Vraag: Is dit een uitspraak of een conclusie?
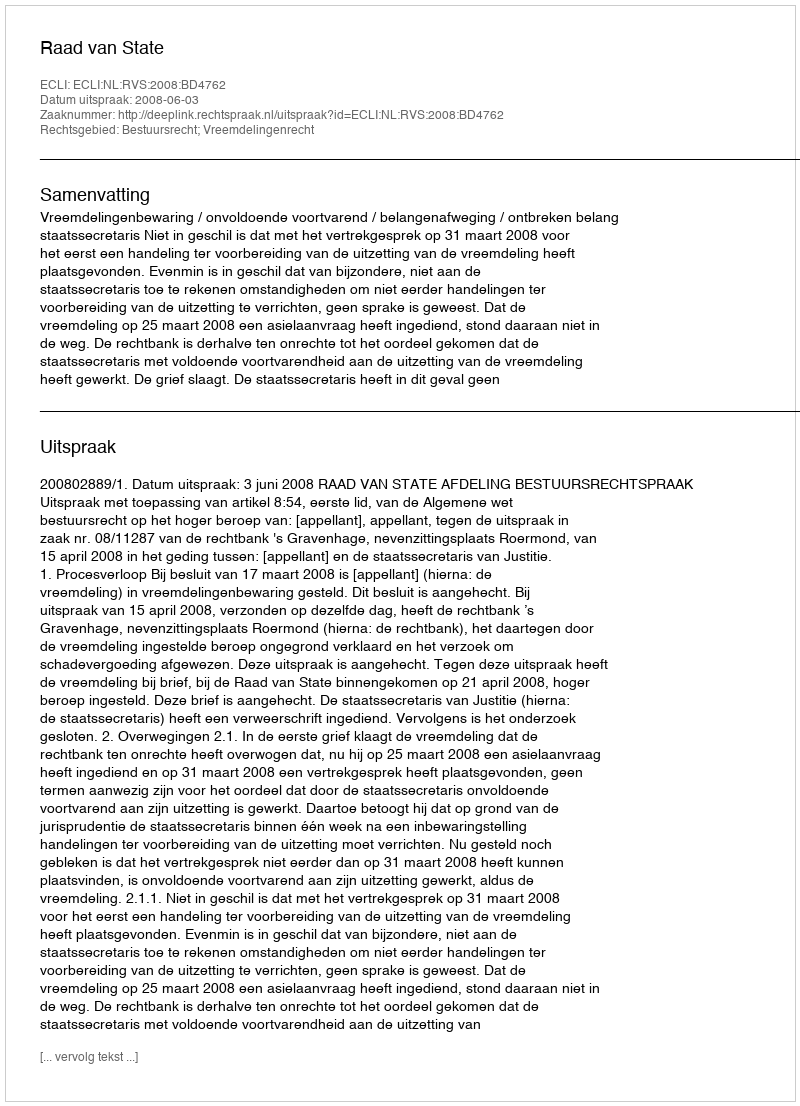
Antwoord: Uitspraak